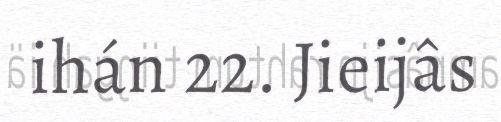
ihán 22. Jieijâs